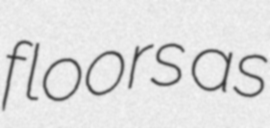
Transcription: floors as